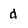
Character: d